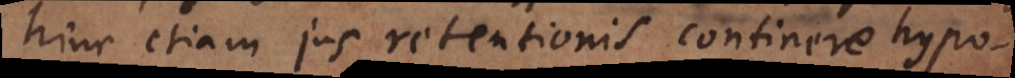
hinc etiam jus retentionis continere